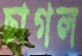
ছাগল